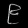
Digit: ၉